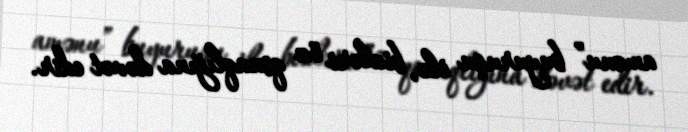
amənu” buyuruşu ilə, bizləri öz qonaqlığına dəvət edir.